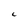
Character: C